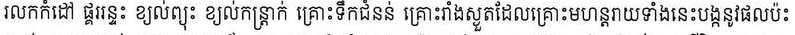
រលកកំដៅ ផ្គររន្ទះ ខ្យល់ព្យុះ ខ្យល់កន្រ្តាក់ គ្រោះទឹកជំនន់ គ្រោះរាំងស្ងួតដែលគ្រោះមហន្តរាយទាំងនេះបង្កនូវផលប៉ះ